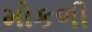
મોકળી